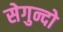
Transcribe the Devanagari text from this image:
सेगुन्दो